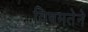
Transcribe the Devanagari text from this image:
विषमतेने